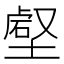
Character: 𡐍